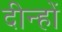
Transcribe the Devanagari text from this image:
दीन्हों